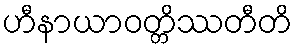
ဟီနာယာဝတ္တိဿတီတိ